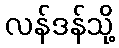
လန်ဒန်သို့